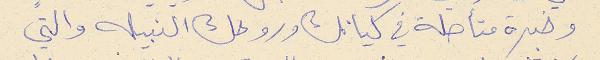
وخبرة متأصلة في كيانك وروحك النبيله والتي